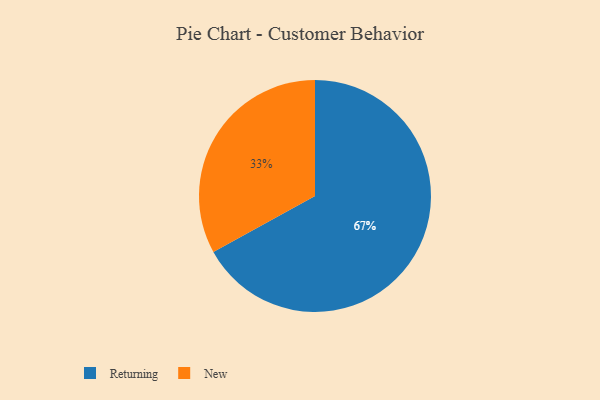
{"axis": {"x": "Category", "y": "Percentage"}, "legend": ["New", "Returning"], "data": [{"x": "New", "y": 33, "type": "New"}, {"x": "Returning", "y": 67, "type": "Returning"}]}